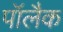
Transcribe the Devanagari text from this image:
पॉलैक